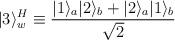
LaTeX: \begin{align*}|3\rangle^H_w \equiv {|1\rangle_a|2\rangle_b + |2\rangle_a|1\rangle_b\over \sqrt{2} }\end{align*}